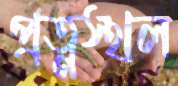
প্রত্নস্থল